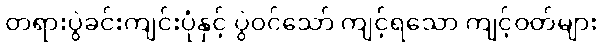
တရားပွဲခင်းကျင်းပုံနှင့် ပွဲဝင်သော် ကျင့်ရသော ကျင့်ဝတ်များ